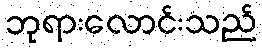
ဘုရားလောင်းသည်